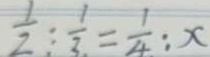
\frac { 1 } { 2 } : \frac { 1 } { 3 } = \frac { 1 } { 4 } : x